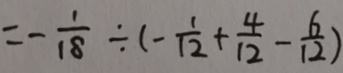
= - \frac { 1 } { 1 8 } \div ( - \frac { 1 } { 1 2 } + \frac { 4 } { 1 2 } - \frac { 6 } { 1 2 } )